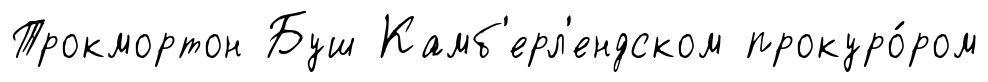
Трокмортон Буш Камб'ерл'ендском прокуро́ром